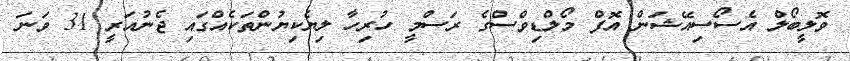
ވޮލީބޯލް އެސޯސިއޭޝަން އޮފް މޯލްޑިވްސްގެ ރަސްމީ ހުރިހާ ލިޔެކިޔުންތަކެއްގައި ޖެނުއަރީ 31 ވަނަ